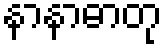
နာနာဓာတု